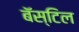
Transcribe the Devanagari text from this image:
बॅस्टिल